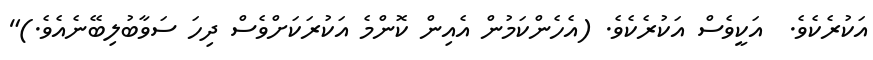
އަކުރެކެވެ.  އަކީވެސް އަކުރެކެވެ. (އެހެންކަމުން އެއިން ކޮންމެ އަކުރަކަށްވެސް ދިހަ ސަވާބުލިބޭނެއެވެ.)"